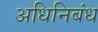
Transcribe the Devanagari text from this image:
अधिनिबंध